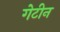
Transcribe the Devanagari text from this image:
गेटीन